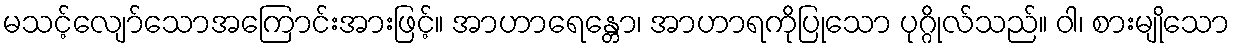
မသင့်လျော်သောအကြောင်းအားဖြင့်။ အာဟာရေန္တော၊ အာဟာရကိုပြုသော ပုဂ္ဂိုလ်သည်။ ဝါ၊ စားမျိုသော